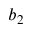
b _ { 2 }